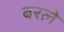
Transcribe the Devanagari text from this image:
बरले